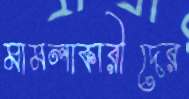
মামলাকারীদের